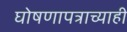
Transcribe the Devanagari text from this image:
घोषणापत्राच्याही